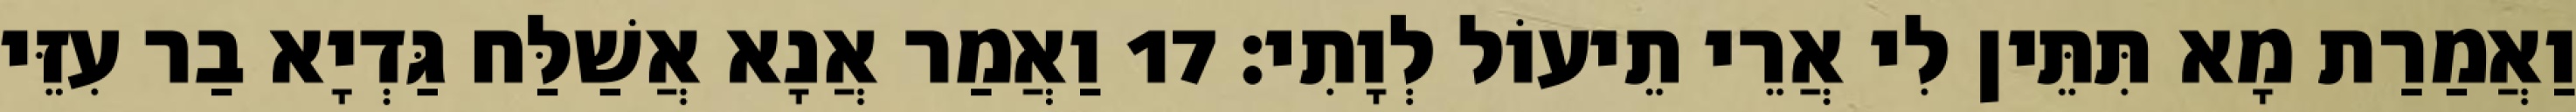
וַאֲמַרַת מָא תִּתֵּין לִי אֲרֵי תֵיעוֹל לְוָתִי׃ 17 וַאֲמַר אֲנָא אֲשַׁלַּח גַּדְיָא בַר עִזֵּי